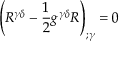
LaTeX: \left( R ^ { \gamma \delta } - { \frac { 1 } { 2 } } g ^ { \gamma \delta } R \right) _ { ; \gamma } = 0